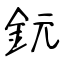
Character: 鈨